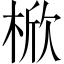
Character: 𣔙